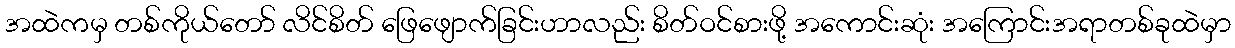
အထဲကမှ တစ်ကိုယ်တော် လိင်စိတ် ဖြေဖျောက်ခြင်းဟာလည်း စိတ်ဝင်စားဖို့ အကောင်းဆုံး အကြောင်းအရာတစ်ခုထဲမှာ